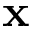
\mathbf { x }